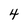
Character: 4